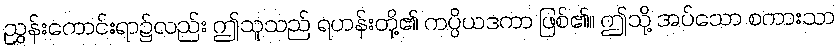
ညွှန်းကောင်းရာ၌လည်း ဤသူသည် ရဟန်းတို့၏ ကပ္ပိယဒကာ ဖြစ်၏။ ဤသို့ အပ်သော စကားသာ